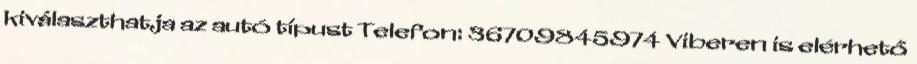
kiválaszthatja az autó típust Telefon: 36709845974 Viberen is elérhető